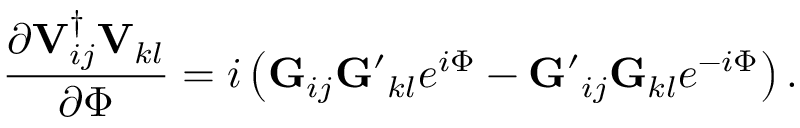
\frac { \partial { \bf V } _ { i j } ^ { \dagger } { \bf V } _ { k l } } { \partial \Phi } = i \left( { \bf G } _ { i j } { \bf G ^ { \prime } } _ { k l } e ^ { i \Phi } - { \bf G ^ { \prime } } _ { i j } { \bf G } _ { k l } e ^ { - i \Phi } \right) .